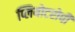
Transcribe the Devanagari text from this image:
प्लियोटरोपी